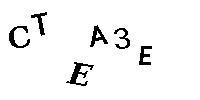
CTEA3E